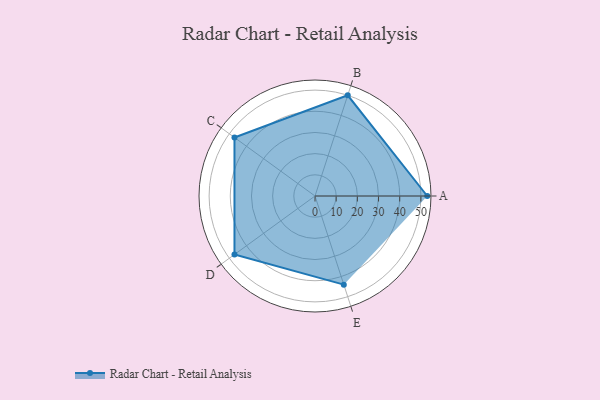
{"axis": {"x": "Skill", "y": "Score"}, "legend": ["Profile"], "data": [{"x": "A", "y": 53.0, "type": "Profile"}, {"x": "B", "y": 50.0, "type": "Profile"}, {"x": "C", "y": 47.0, "type": "Profile"}, {"x": "D", "y": 47.0, "type": "Profile"}, {"x": "E", "y": 44.0, "type": "Profile"}]}